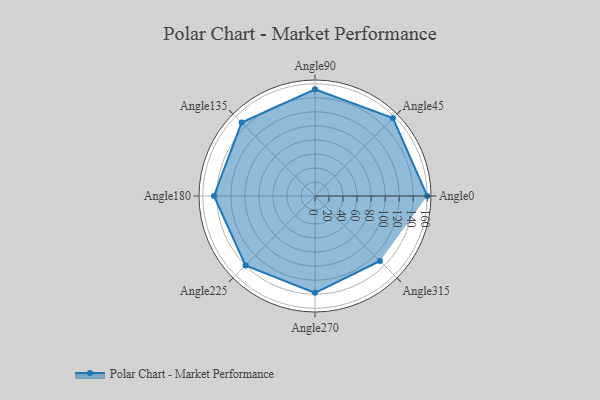
{"axis": {"x": "Angle", "y": "Radius"}, "legend": [""], "data": [{"x": "Angle0", "y": 160.0, "type": ""}, {"x": "Angle45", "y": 157.0, "type": ""}, {"x": "Angle90", "y": 152.0, "type": ""}, {"x": "Angle135", "y": 148.0, "type": ""}, {"x": "Angle180", "y": 144.0, "type": ""}, {"x": "Angle225", "y": 140.0, "type": ""}, {"x": "Angle270", "y": 138.0, "type": ""}, {"x": "Angle315", "y": 131.0, "type": ""}]}